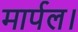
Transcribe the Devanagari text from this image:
मार्पल।